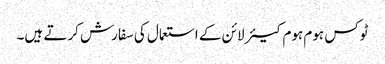
ٹوکس ہوم ہوم کیئر لائن کے استعمال کی سفارش کرتے ہیں۔